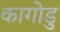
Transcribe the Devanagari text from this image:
कागोडु